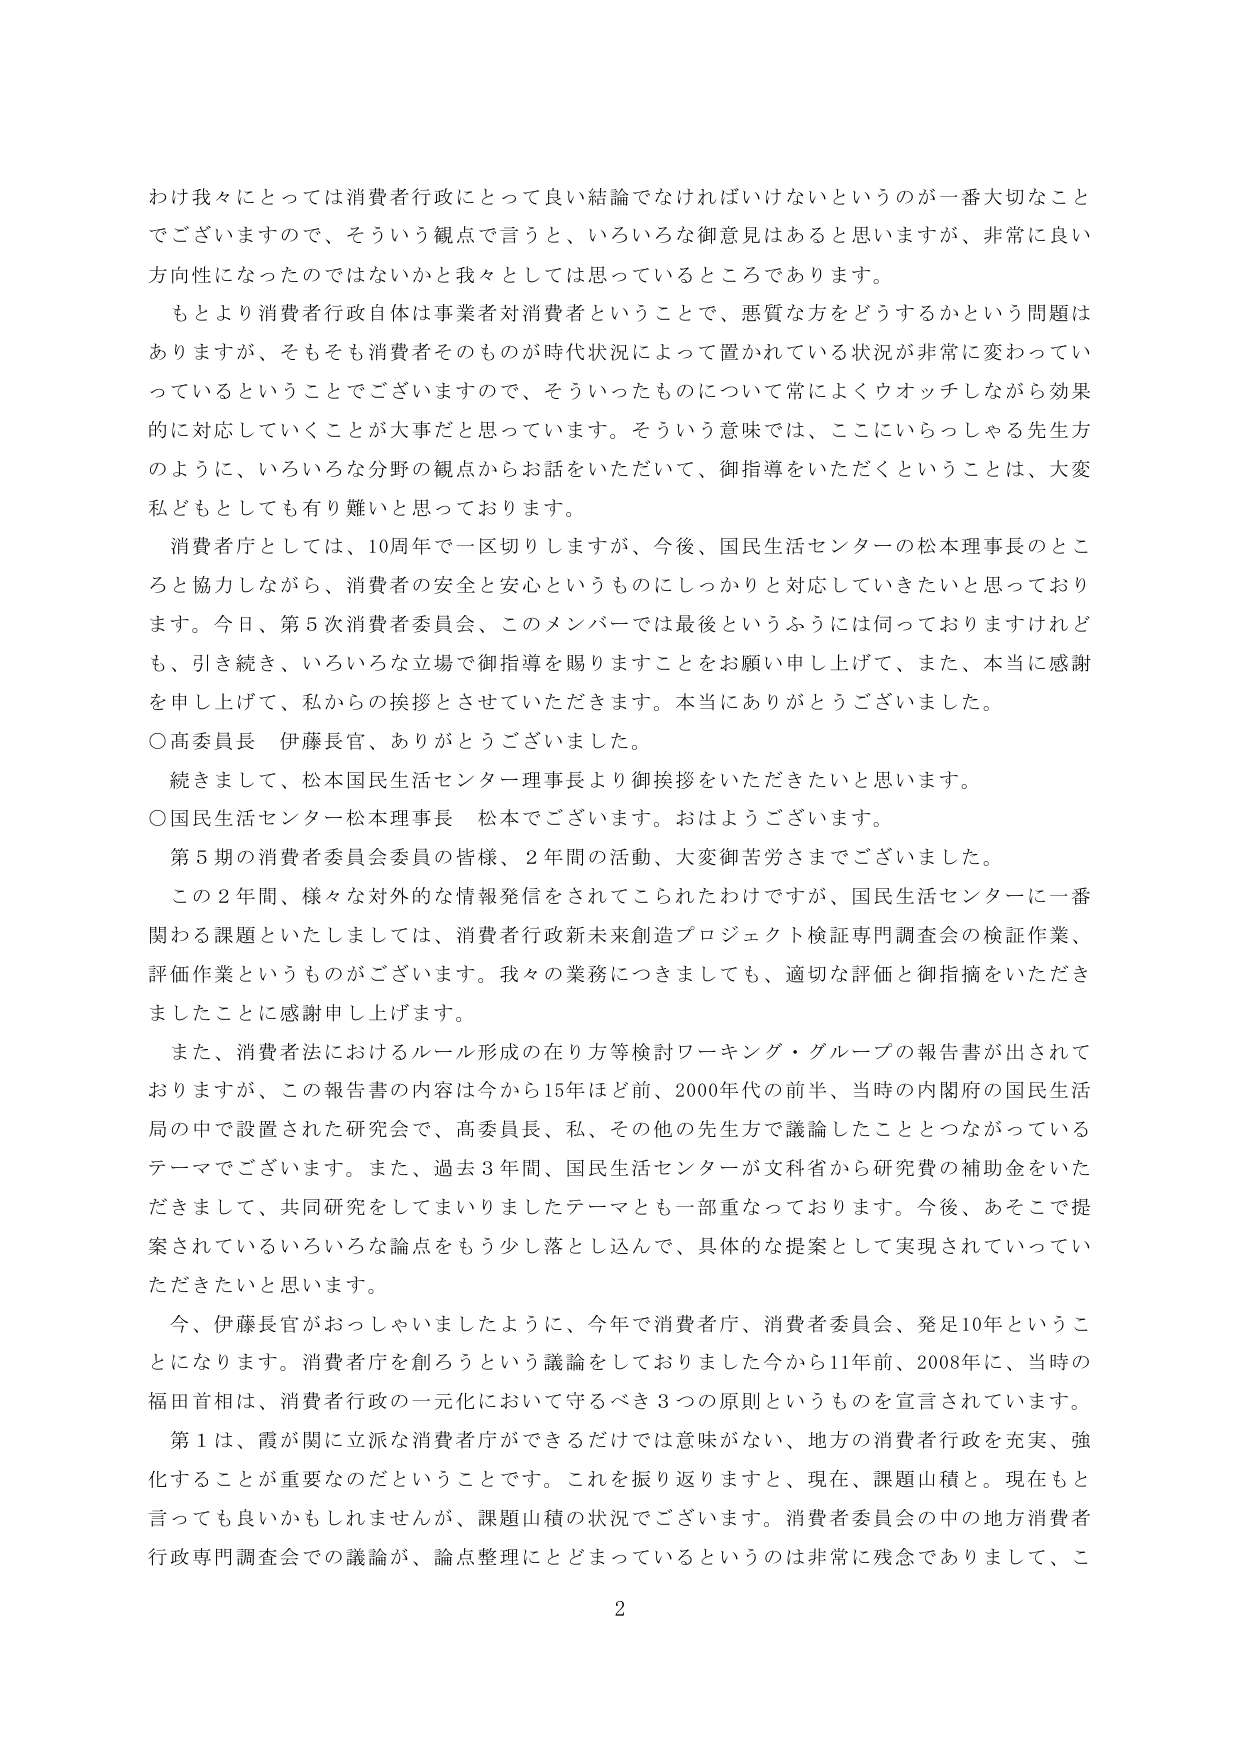
わけ我々にとっては消費者行政にとって良い結論でなければならないというのが一番大切なこと
でございますので、そういう観点で言うと、いろいろな御意見はあると思いますが、非常に良い
方向性になったのではないかと我々としては思っているところであります。
もとより消費者行政自体は事業者対消費者ということで、悪質な方をどうするかという問題は
ありますが、そもそも消費者そのものが時代状況によって置かれている状況が非常に変わってい
っているということでございますので、そういったものについて常によくウオッチしながら効果
的に対応していくことが大事だと思っています。そういう意味では、ここにいらっしゃる先生方
のように、いろいろな分野の観点からお話をしていただいて、御指導をいただくということは、大変
私どもとしても有り難いと思っております。
消費者庁としては、10周年で一区切りしますが、今後、国民生活センターの松本理事長のとこ
ろと協力しながら、消費者の安全と安心というものにしっかりと対応していきたいと思っており
ます。今日、第5次消費者委員会、このメンバーでは最後というふうには伺っておりますけれど
も、引き続き、いろいろな立場で御指導を賜りますことをお願い申し上げて、また、本当に感謝
を申し上げて、私からの挨拶とさせていただきます。本当にありがとうございました。
○高委員長 伊藤長官、ありがとうございました。
続きまして、松本国民生活センター理事長より御挨拶をいただきたいと思います。
○国民生活センター松本理事長 松本でございます。おはようございます。
第5期の消費者委員会委員の皆様、2年間の活動、大変御苦労さまでございました。
この2年間、様々な対外的な情報発信をされてこられたわけですが、国民生活センターに一番
関わる課題といたしましては、消費者行政未来創造プロジェクト検証専門調査会の検証作業、
評価作業というものがございます。我々の業務につきましても、適切な評価と御指摘をいただき
ましたことに感謝申し上げます。
また、消費者法におけるルール形成の在り方等検討ワーキング・グループの報告書が出されて
おりますが、この報告書の内容は今から15年ほど前、2000年代の前半、当時の内閣府の国民生活
局の中で設置された研究会で、高委員長、私、その他の先生方で議論したこととつながっている
テーマでございます。また、過去3年間、国民生活センターが文科省から研究費の補助金をいた
だきまして、共同研究をしてまいりましたテーマとも一部重なっております。今後、あそこで提
案されているいろいろな論点をもう少し落とし込んで、具体的な提案として実現されていってい
ただきたいと思います。
今、伊藤長官がおっしゃいましたように、今年で消費者庁、消費者委員会、発足10年というこ
とになります。消費者庁を創ろうという議論をしておりました今から11年前、2008年に、当時の
福田首相は、消費者行政の一元化において守るべき3つの原則というものを宣言されています。
第1は、霞が関に立派な消費者庁ができるだけでは意味がない、地方の消費者行政を充実、強
化することが重要なのだということです。これを振り返りますと、現在、課題山積と。現在もと
言っても良いかもしれませんが、課題山積の状況でございます。消費者委員会の中の地方消費者
行政専門調査会での議論が、論点整理にとどまっているというのは非常に残念でありまして、こ
2